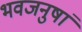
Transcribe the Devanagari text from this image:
भवजनुषां